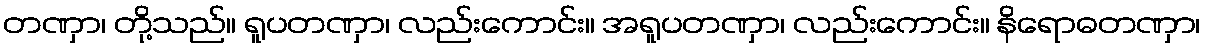
တဏှာ၊ တို့သည်။ ရူပတဏှာ၊ လည်းကောင်း။ အရူပတဏှာ၊ လည်းကောင်း။ နိရောဓတဏှာ၊